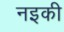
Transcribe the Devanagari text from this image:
नइकी